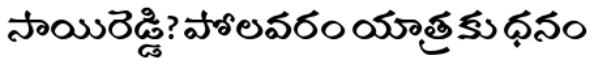
సాయిరెడ్డి? పోలవరం యాత్రకు ధనం